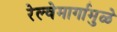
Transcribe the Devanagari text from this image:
रेल्वेमार्गामुळे